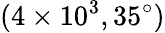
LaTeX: (4\times 10^{3},35^{\circ})